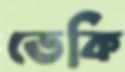
ডেকি